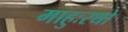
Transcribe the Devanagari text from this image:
माहुःरथो